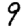
Digit: 9